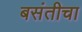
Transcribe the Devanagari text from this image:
बसंतीचा